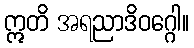
ဣတိ အရညာဒိဝဂ္ဂေါ။